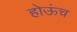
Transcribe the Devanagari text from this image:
होऊंच